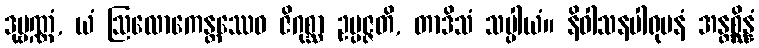
ဒုဗ္ဗဏ္ဏံ, ယံ ဩလောကေန္တဿေဝ ဇိဂုစ္ဆာ ဥပ္ပဇ္ဇတိ, တာဒိသံ သပ္ပါယံ။ နိဝါသနပါရုပနံ အန္တစ္ဆိန္နံ